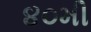
૪૦મી